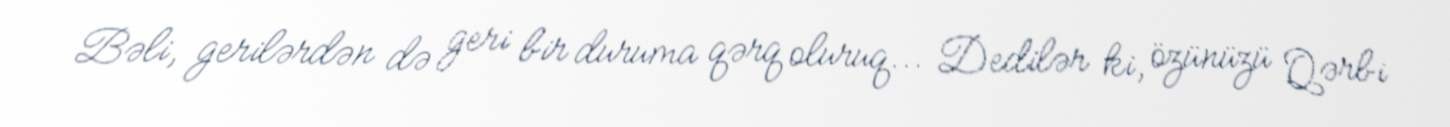
Bəli, gerilərdən də geri bir duruma qərq oluruq... Dedilər ki, özünüzü Qərbi